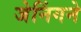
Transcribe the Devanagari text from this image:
जेनिंगने